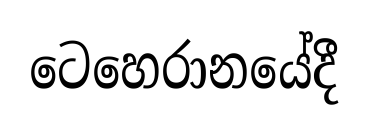
ටෙහෙරානයේදී